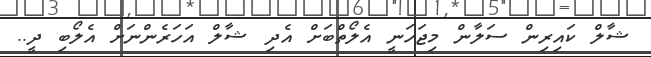
ޝާލް ކައިރިން ސަލާން މިޖަހަނީ އެލޯތްބަށް އެދި ޝާލް އަހަރެންނަށް އެލޯބި ދީ..